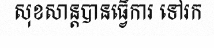
សុខសាន្តបានធ្វើការ ទៅរក